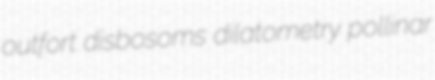
outfort disbosoms dilatometry pollinar